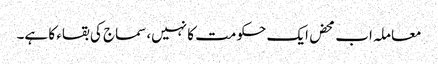
معاملہ اب محض ایک حکومت کا نہیں،سماج کی بقاء کا ہے۔